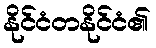
နိုင်ငံတနိုင်ငံ၏